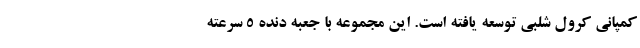
کمپانی کرول شلبی توسعه یافته است. این مجموعه با جعبه دنده 5 سرعته